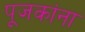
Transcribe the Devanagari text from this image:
पूजकांना